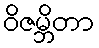
ဝိဇမ္ဘိတာ